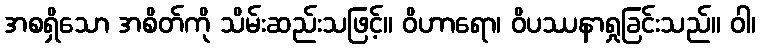
အစရှိသော အစိတ်ကို သိမ်းဆည်းသဖြင့်။ ဝိဟာရော၊ ဝိပဿနာရှုခြင်းသည်။ ဝါ၊